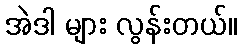
အဲဒါ များ လွန်းတယ်။